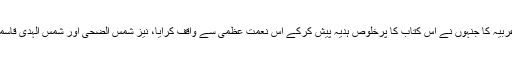
بندہ بیحد ممنون و مشکور ہے حافظ عبیدالرحمن صاحب مقیم حال سعودیہ عربیہ کا جنہوں نے اس کتاب کا پرخُلوص ہدیہ پیش کرکے اس نعمت عُظمی سے واقف کرایا، نیز شمس الضحی اور شمس الہدی قاسمی صاحبزادگان کی تحریک وتعاون ترتیب لائق تحسین اور سراہنی قدم ہے۔